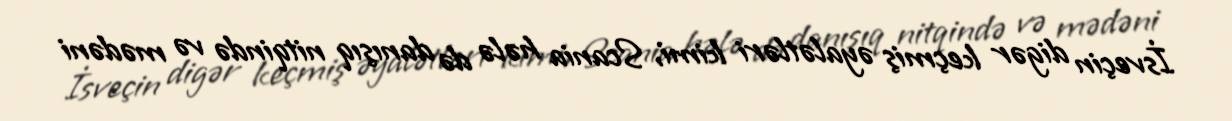
İsveçin digər keçmiş əyalətləri kimi, Scania hələ də danışıq nitqində və mədəni